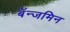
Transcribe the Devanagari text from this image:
बॅन्जमिन